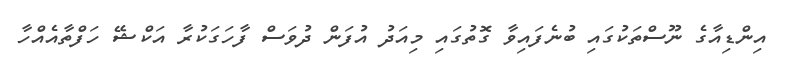
އިންޑިއާގެ ނޫސްތަކުގައި ބުނެފައިވާ ގޮތުގައި މިއަދު އުފަން ދުވަސް ފާހަގަކުރާ އަކްޝޭ ހަފްތާއެއްހާ